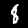
Label: 8